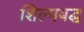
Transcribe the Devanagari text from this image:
शिल्पबद्ध